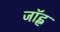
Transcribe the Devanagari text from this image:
जॉह्न